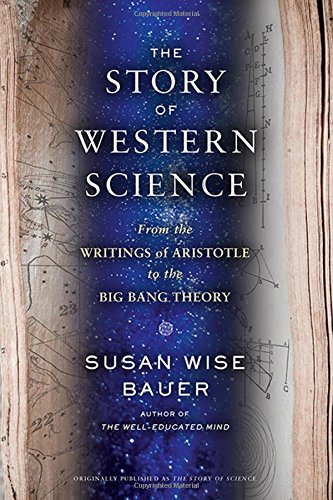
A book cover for The Story of Western Science: From the Writings of Aristotle to the Big Bang Theory; Susan Wise Bauer; Science & Math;